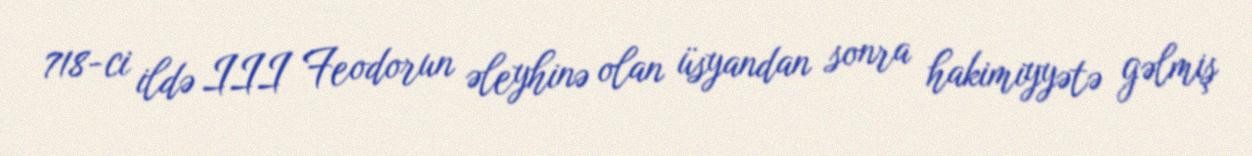
718-ci ildə III Feodorun əleyhinə olan üsyandan sonra hakimiyyətə gəlmiş